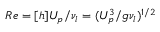
R e = [ h ] U _ { p } / \nu _ { l } = ( { { U } _ { p } ^ { 3 } / g \nu _ { l } } ) ^ { 1 / 2 }